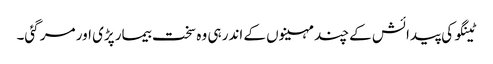
ٹینگو کی پیدائش کے چند مہینوں کے اندر ہی وہ سخت بیمار پڑی اور مر گئی۔